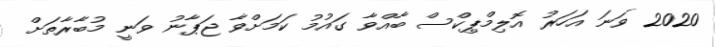
2020 ވަނަ އަހަރު އޮލިމްޕިކްސް ބާއްވާ ގައުމު ކަމަށްވާ ޖަޕާނު ވަނީ މުބާރާތަށް